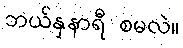
ဘယ်နှနာရီ စမလဲ။